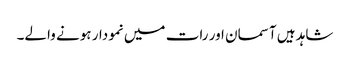
شاہد ہیں آسمان اور رات میں نمودار ہونے والے۔